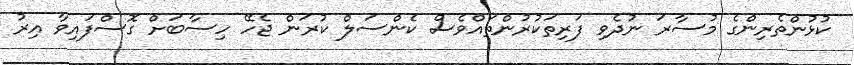
ކުޅުންތެރިންގެ މުސާރަ ނުދެވި ފަރިތަކުރުންތައްވެސް ކެންސަލް ކުރަން ޖެހޭ ހިސާބަށް ގޮސްފައިވާ އިރު